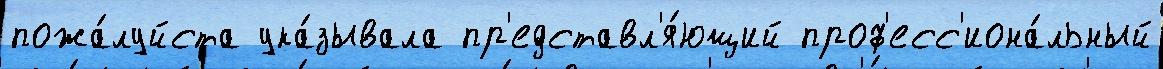
пожа́луйста ука́зывала пр'едставл'я́ющий проф'есс'иона́льный